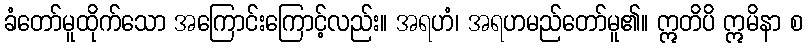
ခံတော်မူထိုက်သော အကြောင်းကြောင့်လည်း။ အရဟံ၊ အရဟမည်တော်မူ၏။ ဣတိပိ ဣမိနာ စ